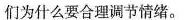
们为什么要合理调节情绪。